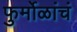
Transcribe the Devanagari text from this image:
फुर्मोळांचं